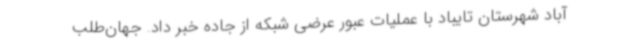
آباد شهرستان تایباد با عملیات عبور عرضی شبکه از جاده خبر داد. جهان‌طلب